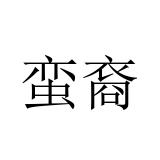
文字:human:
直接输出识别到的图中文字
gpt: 蛮裔